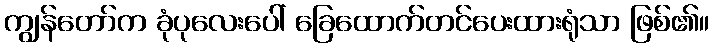
ကျွန်တော်က ခုံပုလေးပေါ် ခြေထောက်တင်ပေးထားရုံသာ ဖြစ်၏။